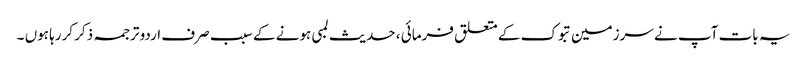
یہ بات آپ نے سرزمین تبوک کے متعلق فرمائی ، حدیث لمبی ہونے کے سبب صرف اردو ترجمہ ذکر کررہا ہوں ۔